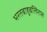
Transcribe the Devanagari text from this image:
भरतबाहुबलिरास